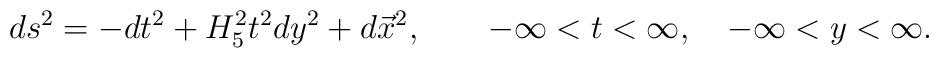
ds^2 = -dt^2 +H_5^2 t^2 dy^2 +d\vec{x}^2, \qquad -\infty <t <\infty, \quad -\infty <y <\infty.